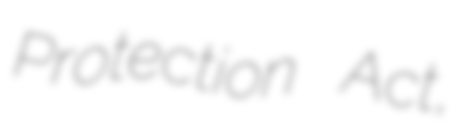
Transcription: Protection Act,